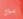
بلال